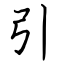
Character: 引